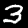
Digit: 3